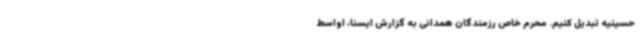
حسینیه تبدیل کنیم. محرم خاص رزمندگان همدانی به گزارش ایسنا، اواسط